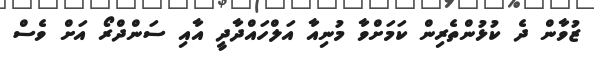
ޒުވާން ދެ ކުޅުންތެރިން ކަމަށްވާ މުނިއާ އަލްހައްދާދީ އާއި ސަންދްރޯ އަށް ވެސް